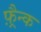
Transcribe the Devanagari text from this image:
फ़्रैन्क